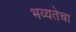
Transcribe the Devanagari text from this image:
भव्यतेचा